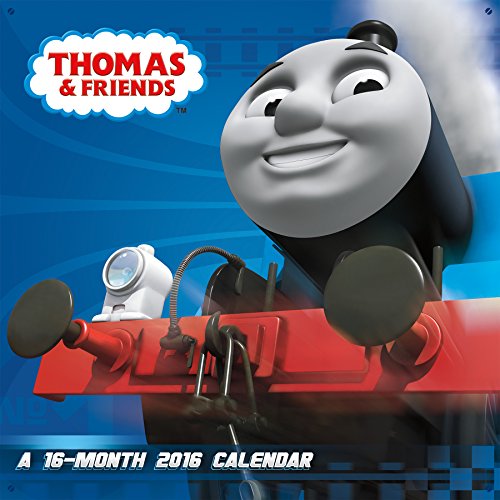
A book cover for Thomas & Friends 2016 Wall Calendar; Trends International; Calendars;